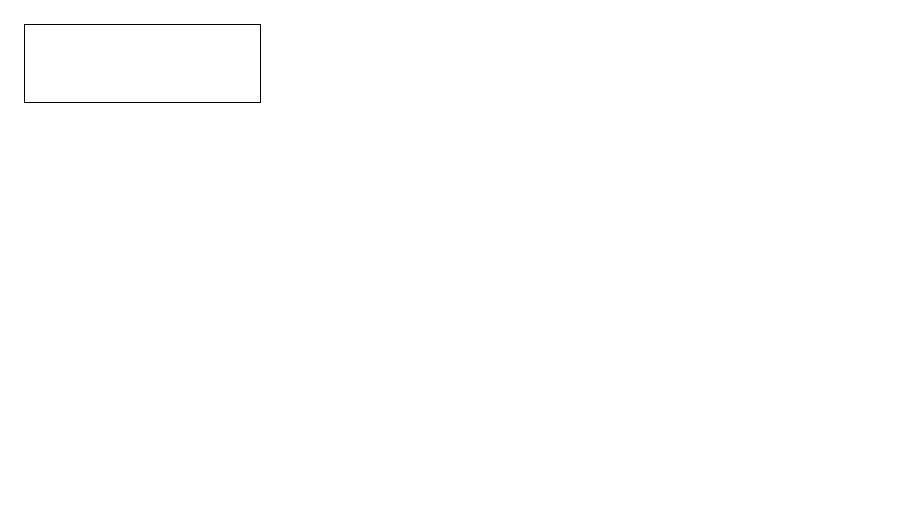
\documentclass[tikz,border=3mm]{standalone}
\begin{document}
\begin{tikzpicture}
\draw (11,12) circle (0);
\draw (0,15) rectangle (3,16);
\draw (10,10) circle (0);
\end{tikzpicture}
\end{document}